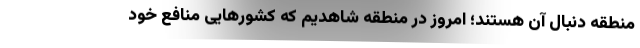
منطقه دنبال آن هستند؛ امروز در منطقه شاهدیم که کشورهایی منافع خود